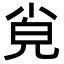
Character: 㝸